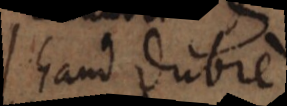
haud dubie